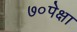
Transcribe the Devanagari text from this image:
७०पेक्षा